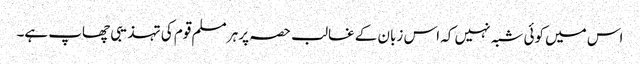
اس میں کوئی شبہ نہیں کہ اس زبان کے غالب حصہ پر ہر مسلم قوم کی تہذیبی چھاپ ہے۔